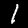
Digit: 1